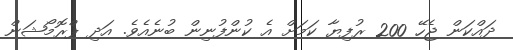
ދައްކަން ޖެހޭ 200 ރުފިޔާ ކަމަށް އެ ކުންފުނިން ބުނެއެވެ. އަދި ޕްރޮމޯޝަން